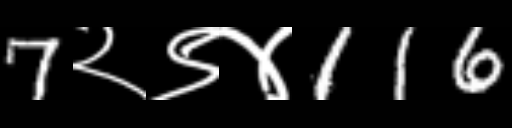
Text: 7२९४116